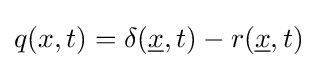
q(x,t)=\delta ({\underline {x}},t)-r({\underline {x}},t)